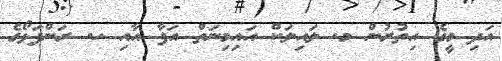
އަދި މީގެ އިތުރުން މ. ލައިލަކް އައިމިނަތް އަފާ އާއި ހ. ރަންފަޅޯގެ